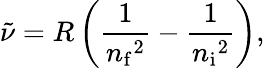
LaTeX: {\tilde{\nu}}=R\left({\frac{1}{{n_{\mathrm{f}}}^{2}}}-{\frac{1}{{n_{\mathrm{i}}}^{2}}}\right),